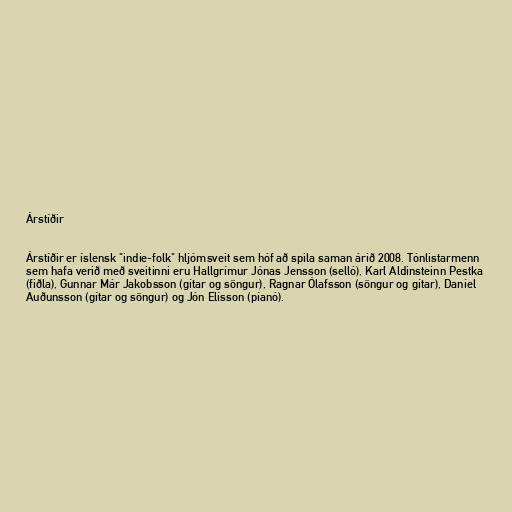
Árstíðir

Árstíðir er íslensk "indie-folk" hljómsveit sem hóf að spila saman árið 2008. Tónlistarmenn
sem hafa verið með sveitinni eru Hallgrímur Jónas Jensson (selló), Karl Aldinsteinn Pestka
(fiðla), Gunnar Már Jakobsson (gítar og söngur), Ragnar Ólafsson (söngur og gítar), Daníel
Auðunsson (gítar og söngur) og Jón Elísson (píanó).